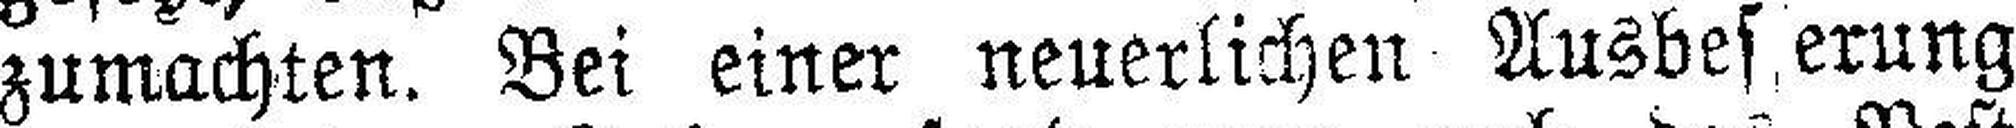
zumachten. Bei einer neuerlichen Ausbef erung